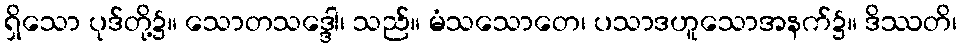
ရှိသော ပုဒ်တို့၌။ သောတသဒ္ဒေါ၊ သည်။ မံသသောတေ၊ ပသာဒဟူသောအနက်၌။ ဒိဿတိ၊